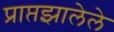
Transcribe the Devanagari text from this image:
प्राप्तझालेले